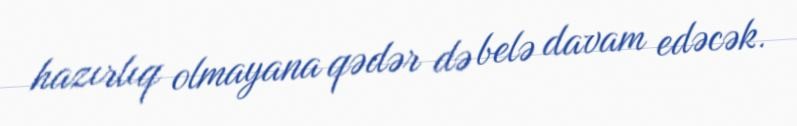
hazırlıq olmayana qədər də belə davam edəcək.